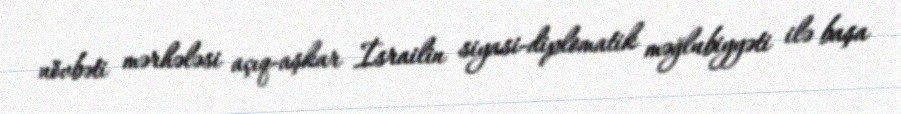
növbəti mərhələsi açıq-aşkar İsrailin siyasi-diplomatik məğlubiyyəti ilə başa